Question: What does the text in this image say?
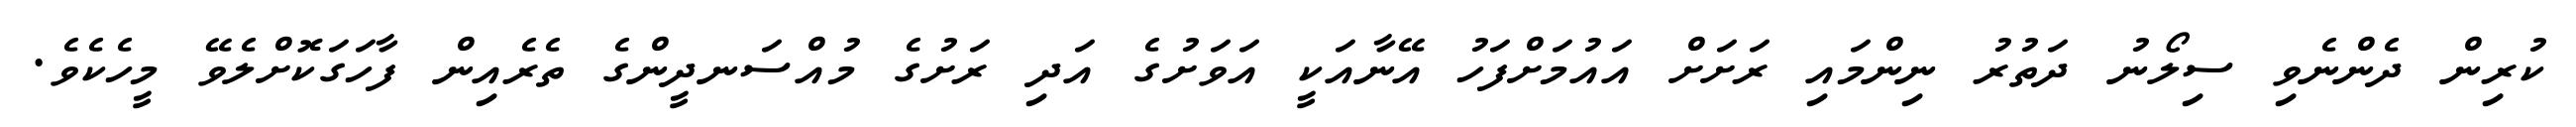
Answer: ކުރިން ދެންނެވި ސިލޯނު ދަތުރު ނިންމައި ރަށަށް އައުމަށްފަހު އޭނާއަކީ އަވަށުގެ އަދި ރަށުގެ މުއްސަނދީންގެ ތެރެއިން ފާހަގަކޮށްލެވޭ މީހެކެވެ.